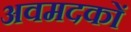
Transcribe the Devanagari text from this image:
अवमदकों